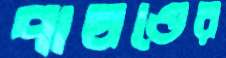
পাষণ্ডের